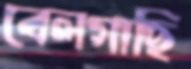
বেলগাছি